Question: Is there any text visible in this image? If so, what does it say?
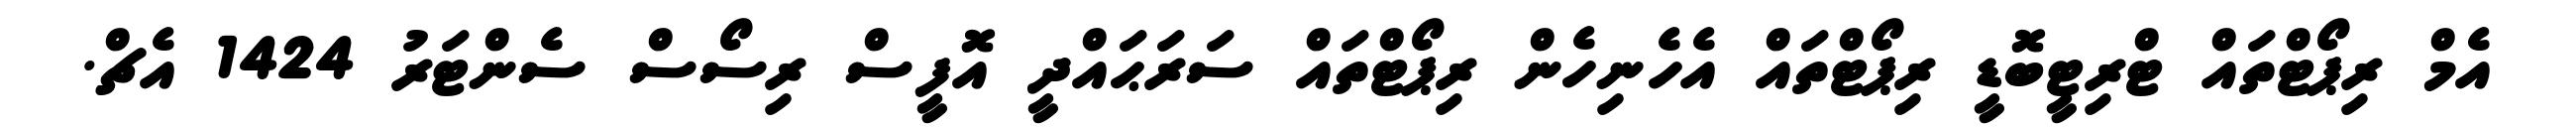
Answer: އެމް ރިޕޯޓްތައް ޓްރިޓީބޮޑީ ރިޕޯޓްތައް އެހެނިހެން ރިޕޯޓްތައް ސަރަޙައްދީ އޮފީސް ރިސޯސް ސެންޓަރު 1424 އެޗް.